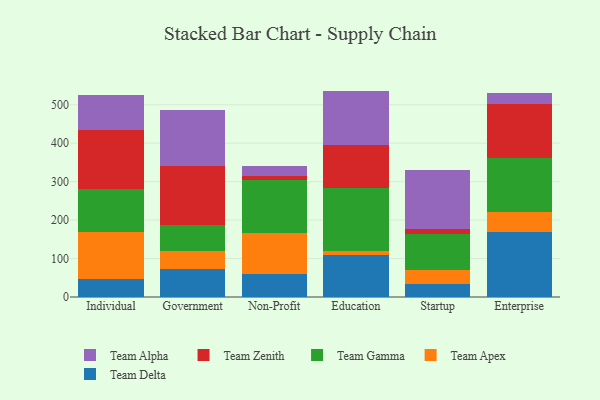
{"axis": {"x": "Segment", "y": "Market Share (%)"}, "legend": ["Team Alpha", "Team Apex", "Team Delta", "Team Gamma", "Team Zenith"], "data": [{"x": "Individual", "y": 48.0, "type": "Team Delta"}, {"x": "Individual", "y": 120.2, "type": "Team Apex"}, {"x": "Individual", "y": 112.5, "type": "Team Gamma"}, {"x": "Individual", "y": 153.7, "type": "Team Zenith"}, {"x": "Individual", "y": 92.2, "type": "Team Alpha"}, {"x": "Government", "y": 73.0, "type": "Team Delta"}, {"x": "Government", "y": 47.2, "type": "Team Apex"}, {"x": "Government", "y": 67.4, "type": "Team Gamma"}, {"x": "Government", "y": 152.2, "type": "Team Zenith"}, {"x": "Government", "y": 146.9, "type": "Team Alpha"}, {"x": "Non-Profit", "y": 59.5, "type": "Team Delta"}, {"x": "Non-Profit", "y": 106.0, "type": "Team Apex"}, {"x": "Non-Profit", "y": 139.4, "type": "Team Gamma"}, {"x": "Non-Profit", "y": 9.4, "type": "Team Zenith"}, {"x": "Non-Profit", "y": 26.4, "type": "Team Alpha"}, {"x": "Education", "y": 110.3, "type": "Team Delta"}, {"x": "Education", "y": 9.4, "type": "Team Apex"}, {"x": "Education", "y": 164.5, "type": "Team Gamma"}, {"x": "Education", "y": 110.9, "type": "Team Zenith"}, {"x": "Education", "y": 141.0, "type": "Team Alpha"}, {"x": "Startup", "y": 34.1, "type": "Team Delta"}, {"x": "Startup", "y": 37.0, "type": "Team Apex"}, {"x": "Startup", "y": 92.6, "type": "Team Gamma"}, {"x": "Startup", "y": 13.4, "type": "Team Zenith"}, {"x": "Startup", "y": 152.1, "type": "Team Alpha"}, {"x": "Enterprise", "y": 169.9, "type": "Team Delta"}, {"x": "Enterprise", "y": 51.6, "type": "Team Apex"}, {"x": "Enterprise", "y": 139.9, "type": "Team Gamma"}, {"x": "Enterprise", "y": 141.6, "type": "Team Zenith"}, {"x": "Enterprise", "y": 26.9, "type": "Team Alpha"}]}